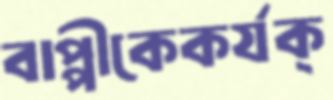
বাপ্পীকেকর্যক্